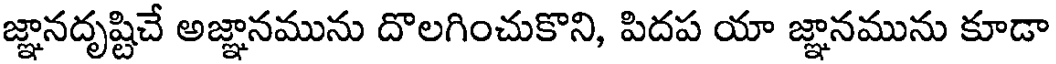
జ్ఞానదృష్టిచే అజ్ఞానమును దొలగించుకొని, పిదప యా జ్ఞానమును కూడా